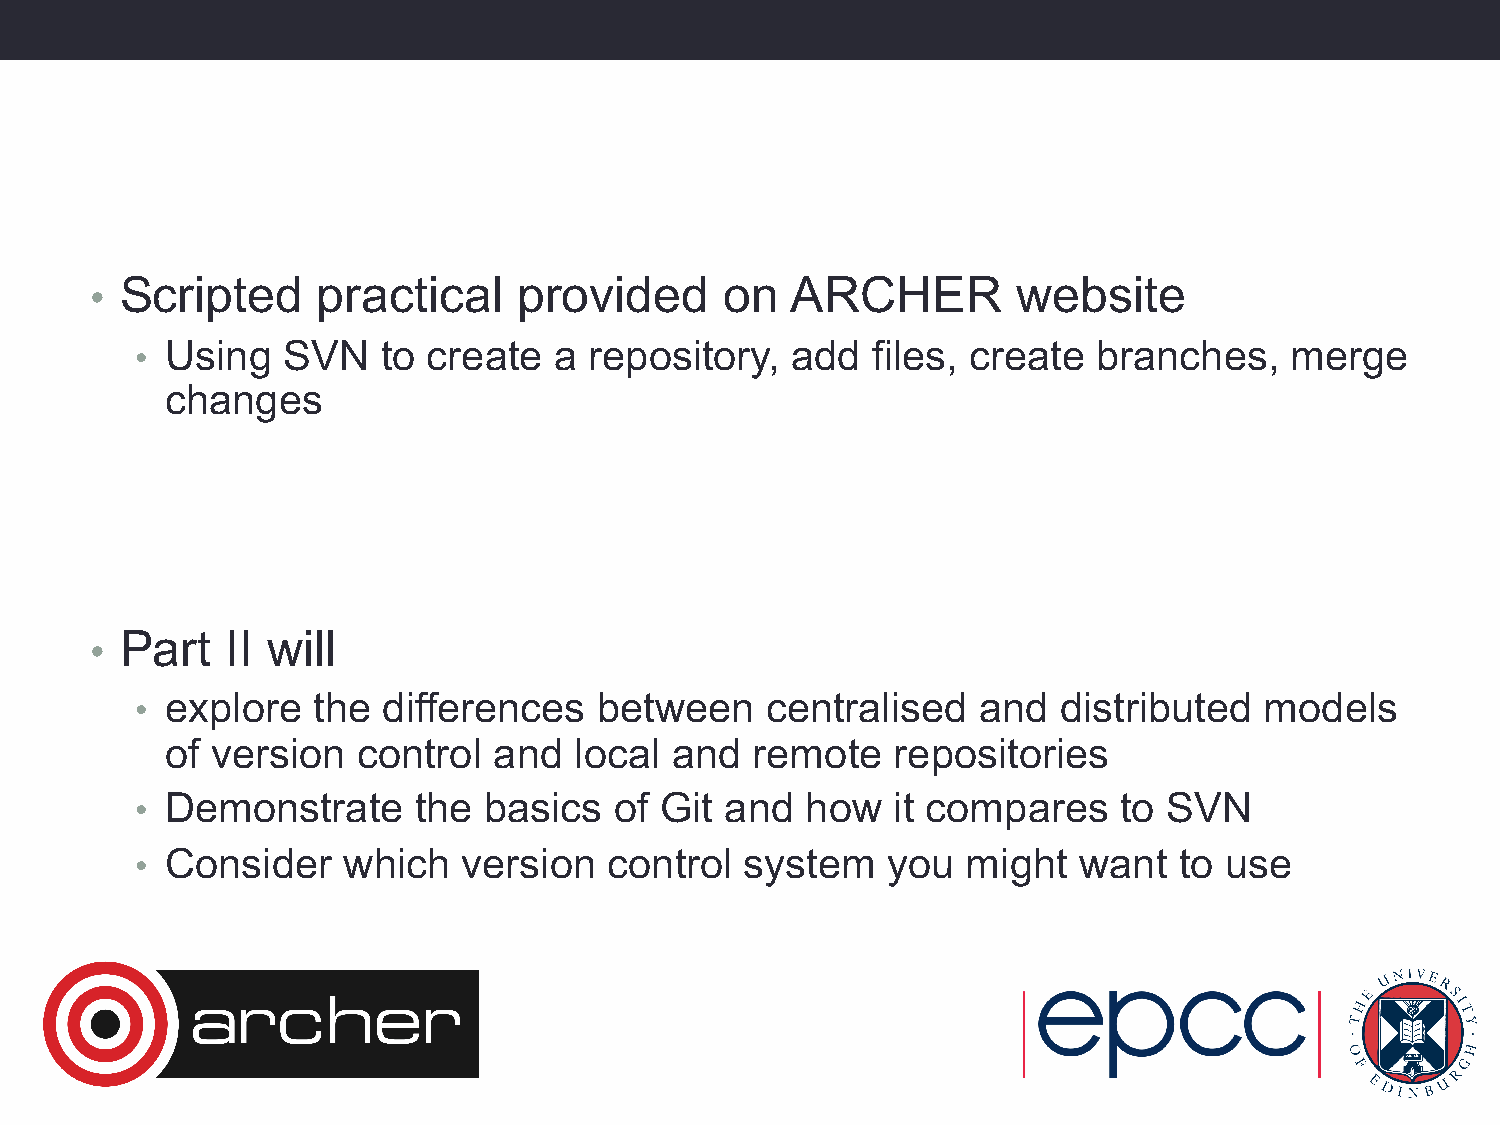
Scripted     practical    provided      on  ARCHER         website
 •
 • Using   SVN   to create   a repository,  add   files, create  branches,   merge
 changes
 Part   II will
 •
 • explore   the differences    between    centralised   and  distributed   models
 of version   control  and  local and   remote   repositories
 • Demonstrate     the  basics   of Git and  how   it compares    to SVN
 • Consider    which   version  control  system    you  might  want   to use